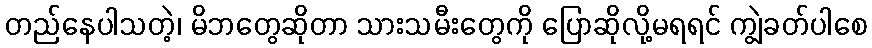
တည်နေပါသတဲ့၊ မိဘတွေဆိုတာ သားသမီးတွေကို ပြောဆိုလို့မရရင် ကျွဲခတ်ပါစေ